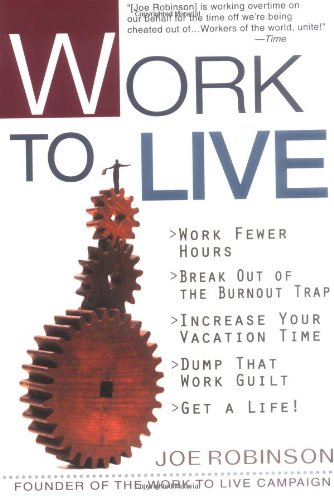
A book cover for Work to Live; Joe Robinson; Business & Money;